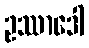
ဥဿာဒေါ